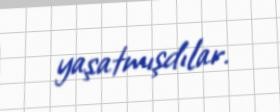
yaşatmışdılar.